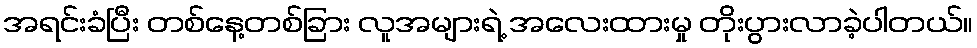
အရင်းခံပြီး တစ်နေ့တစ်ခြား လူအများရဲ့ အလေးထားမှု တိုးပွားလာခဲ့ပါတယ်။